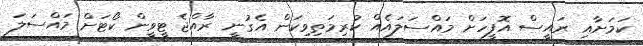
ކަމަށާއި ރައީސް އޮފީހަށް މައްސަލައެއް ކުރިމަތިވިކަން އެގުނީ ރާއްޖެ ޓީވީން ކޯޓަށް މައްސަލަ